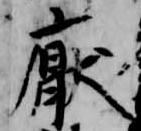
厭